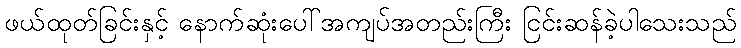
ဖယ်ထုတ်ခြင်းနှင့် နောက်ဆုံးပေါ်အကျပ်အတည်းကြီး ငြင်းဆန်ခဲ့ပါသေးသည်